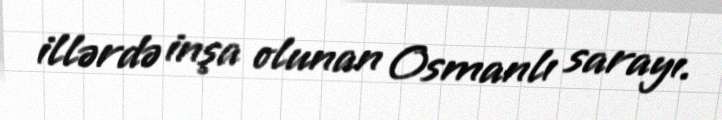
illərdə inşa olunan Osmanlı sarayı.